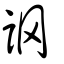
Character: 誷